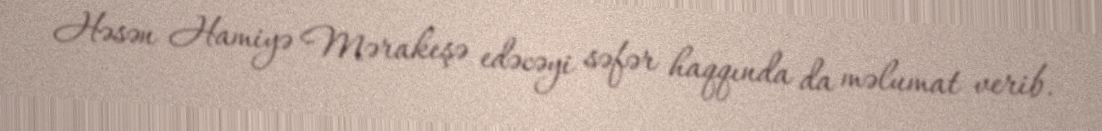
Həsən Hamiyə Mərakeşə edəcəyi səfər haqqında da məlumat verib.